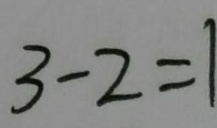
3 - 2 = 1